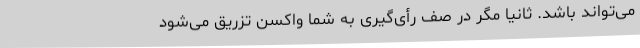
می‌تواند باشد. ثانیا مگر در صف رأی‌گیری به شما واکسن تزریق می‌شود